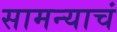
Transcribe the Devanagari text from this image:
सामन्याचं